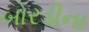
બોરડીના